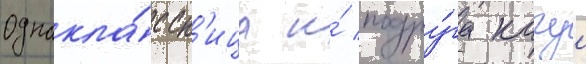
Однокла́ссн'ица и́ подру́га кагуи